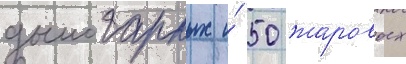
дымогарных и́ 50 жаровых